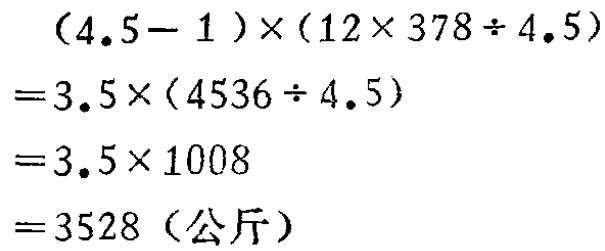
\[
\begin{align*}
&(4.5 - 1)\times(12\times378\div4.5)\\
=&3.5\times(4536\div4.5)\\
=&3.5\times1008\\
=&3528（\text{公斤}）
\end{align*}
\]